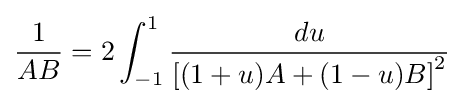
{\frac {1}{AB}}=2\int _{-1}^{1}{\frac {du}{\left[(1+u)A+(1-u)B\right]^{2}}}